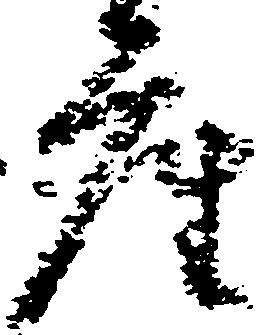
座